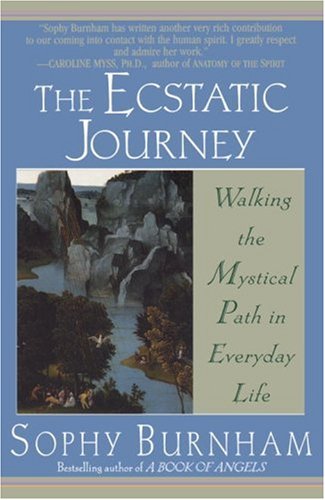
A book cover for The Ecstatic Journey: Walking the Mystical Path in Everyday Life; Sophy Burnham; Self-Help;